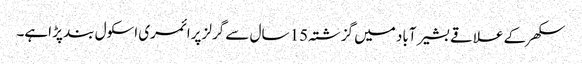
سکھر کے علاقے بشیر آباد میں گزشتہ 15 سال سے گرلز پرائمری اسکول بند پڑ اہے۔